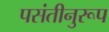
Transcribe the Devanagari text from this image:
पसंतीनुरूप